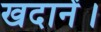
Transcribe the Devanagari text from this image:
खदानें।